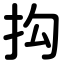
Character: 抅